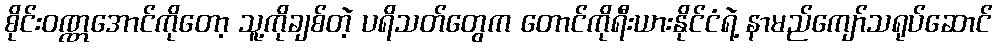
စိုင်းဝဏ္ဏအောင်ကိုတော့ သူ့ကိုချစ်တဲ့ ပရိသတ်တွေက တောင်ကိုရီးယားနိုင်ငံရဲ့ နာမည်ကျော်သရုပ်ဆောင်